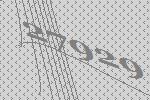
27929